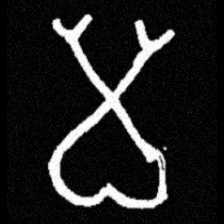
Pyu character \u2014 Myanmar letter: မ (romanized: ma)